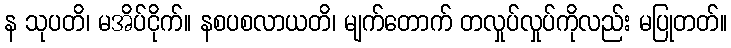
န သုပတိ၊ မအိပ်ငိုက်။ နစပစလာယတိ၊ မျက်တောက် တလှုပ်လှုပ်ကိုလည်း မပြုတတ်။